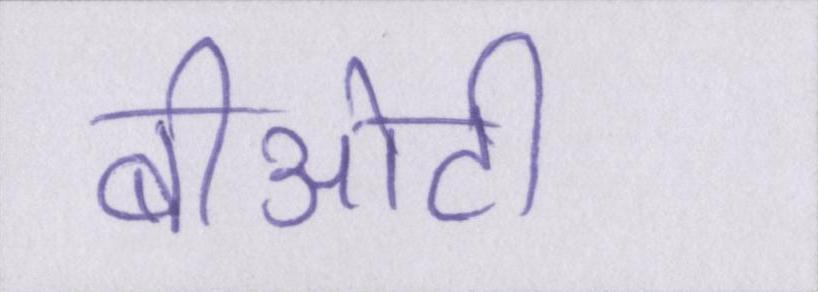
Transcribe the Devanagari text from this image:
बीओटी